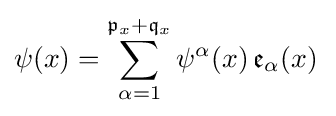
\psi (x)=\sum _{\alpha =1}^{{\mathfrak {p}}_{x}+{\mathfrak {q}}_{x}}\psi ^{\alpha }(x){\,}{\mathfrak {e}}_{\alpha }(x){\,}